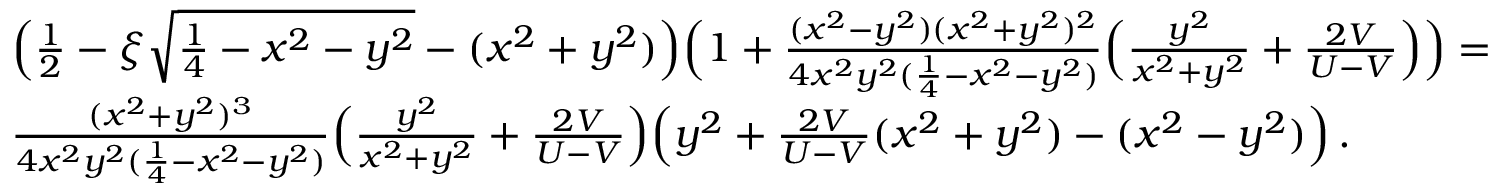
\begin{array} { r l } & { \Big ( \frac { 1 } { 2 } - \xi \sqrt { \frac { 1 } { 4 } - x ^ { 2 } - y ^ { 2 } } - ( x ^ { 2 } + y ^ { 2 } ) \Big ) \Big ( 1 + \frac { ( x ^ { 2 } - y ^ { 2 } ) ( x ^ { 2 } + y ^ { 2 } ) ^ { 2 } } { 4 x ^ { 2 } y ^ { 2 } ( \frac { 1 } { 4 } - x ^ { 2 } - y ^ { 2 } ) } \Big ( \frac { y ^ { 2 } } { x ^ { 2 } + y ^ { 2 } } + \frac { 2 V } { U - V } \Big ) \Big ) = } \\ & { \frac { ( x ^ { 2 } + y ^ { 2 } ) ^ { 3 } } { 4 x ^ { 2 } y ^ { 2 } ( \frac { 1 } { 4 } - x ^ { 2 } - y ^ { 2 } ) } \Big ( \frac { y ^ { 2 } } { x ^ { 2 } + y ^ { 2 } } + \frac { 2 V } { U - V } \Big ) \Big ( y ^ { 2 } + \frac { 2 V } { U - V } ( x ^ { 2 } + y ^ { 2 } ) - ( x ^ { 2 } - y ^ { 2 } ) \Big ) \, . } \end{array}